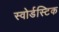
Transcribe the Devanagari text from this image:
स्वोर्डस्टिक